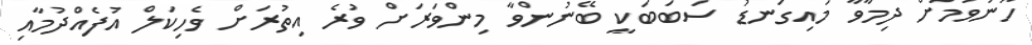
ހޫނުވުމަށް ދިމާވާ މައިގަނޑު ސަބަބަކީ ބޭނުންވާ މިންވަރަށް ވުރެ އިތުރަށް ވެހިކަލް އުފެއްދުމާއި